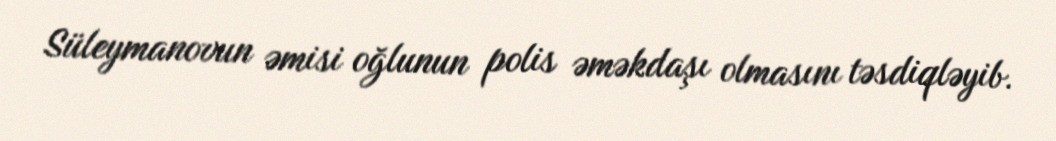
Süleymanovun əmisi oğlunun polis əməkdaşı olmasını təsdiqləyib.